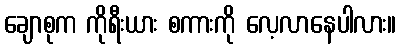
ချောစုက ကိုရီးယား စကားကို လေ့လာနေပါလား။